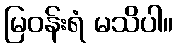
မြဝန်းရံ မသိပါ။